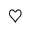
\heartsuit